Leaving Certificate Examination, 1921
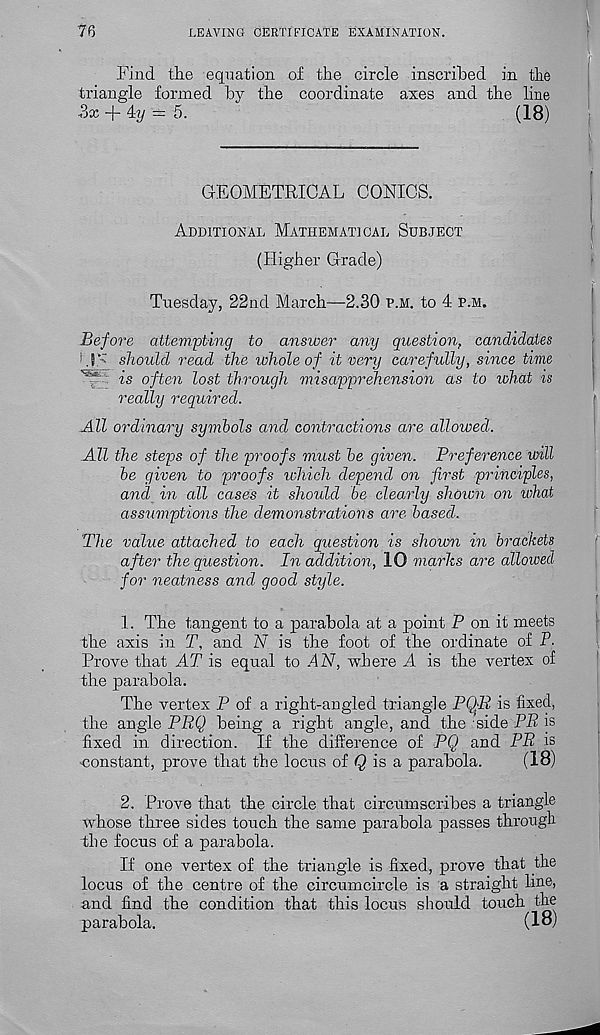
76
LEAVING CERTIFICATE EXAMINATION.
Find the equation of the circle inscribed in the
triangle formed by the coordinate axes and the line
Sx -j- 4y = 5.
(18)
GEOMETRICAL CONICS.
Additional Mathematical Subject
(Higher Grade)
Tuesday, 22nd March—2.30 u.m. to 4 p.m.
Before attempting to answer any question, candidates
i
should read the whole of it very carefully, since time
^ is often lost through misapprehension as to what is
really required.
All ordinary symbols and contractions are allowed.
All the steps of the proofs must he given. Preference will
he given to proofs which depend on first principles,
and in all cases it should be clearly shown on what
assumptions the demonstrations are based.
The value attached to each question is shown in brackets
after the question. In addition, 10 marks are allowed
for neatness and good style.
1. The tangent to a parabola at a point P on it meets
the axis in T, and N is the foot of the ordinate of P.
Prove that AT is equal to .4 A 7 , where A is the vertex of
the parabola.
The vertex P of a right-angled triangle PQP is fixed,
the angle PRQ being a right angle, and the side PR is
fixed in direction. If the difference of PQ and PR is
constant, prove that the locus of Q is a parabola.
(18)
2. Prove that the circle that circumscribes a triangle
whose three sides touch the same parabola passes through
the focus of a parabola.
If one vertex of the triangle is fixed, prove that the
locus of the centre of the circumcircle is a straight line,
and find the condition that this locus should touch the
parabola.
(1°)